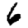
Digit: 6